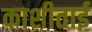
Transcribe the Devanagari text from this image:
काशीताई